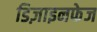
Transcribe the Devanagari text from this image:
डिज़ाइनफेज